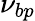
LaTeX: \nu_{bp}